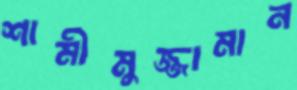
শামীমুজ্জামান